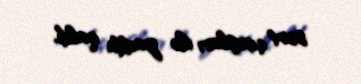
sərt çıxışları ilə yadda qaldı.